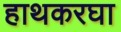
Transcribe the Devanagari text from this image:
हाथकरघा